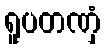
ရူပတဏှံ